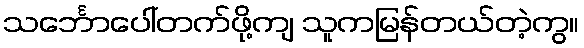
သင်္ဘောပေါ်တက်ဖို့ကျ သူကမြန်တယ်တဲ့ကွ။